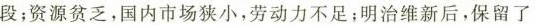
段；资源贫乏，国内市场狭小，劳动力不足；明治维新后，保留了